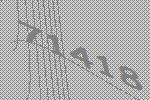
71418